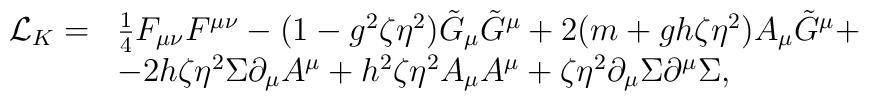
\begin{array}{ll}{\cal L}_K = &\frac{1}{4} F_{\mu \nu} F^{\mu \nu} -(1-g^2 \zeta \eta^2) \tilde G_{\mu} \tilde G^{\mu} +2(m + g h \zeta \eta^2) A_{\mu}\tilde G^{\mu} +\\&- 2h\zeta \eta^2 \Sigma \partial_{\mu} A^{\mu} + h^2 \zeta \eta^2 A_{\mu} A^{\mu} +\zeta \eta^2 \partial_{\mu} \Sigma \partial^{\mu} \Sigma , \end{array}